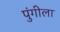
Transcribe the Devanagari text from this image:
पुंगीला